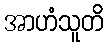
အာဟံသူတိ